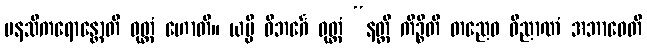
မနသိကရောန္တောတိ ဝုတ္တံ ဟောတိ။ ယမ္ပိ ဝိဘင်္ဂေ ဝုတ္တံ “နတ္ထိ ကိဉ္စီတိ တညေဝ ဝိညာဏံ အဘာဝေတိ